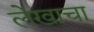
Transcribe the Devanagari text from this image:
लेेखाचा